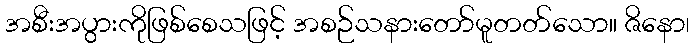
အစီးအပွားကိုဖြစ်စေသဖြင့် အစဉ်သနားတော်မူတတ်သော။ ဇိနော၊